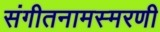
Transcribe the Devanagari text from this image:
संगीतनामस्मरणी